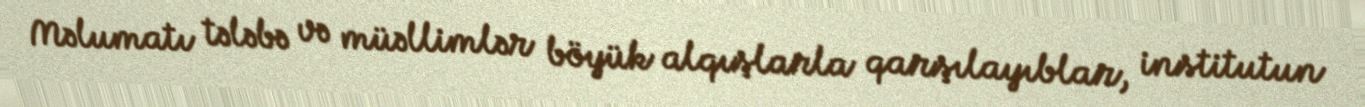
Məlumatı tələbə və müəllimlər böyük alqışlarla qarşılayıblar, institutun